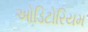
ઓડિટોરિયમ